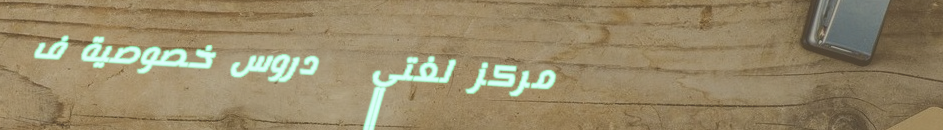
مركز لغتي   دروس خصوصية ف